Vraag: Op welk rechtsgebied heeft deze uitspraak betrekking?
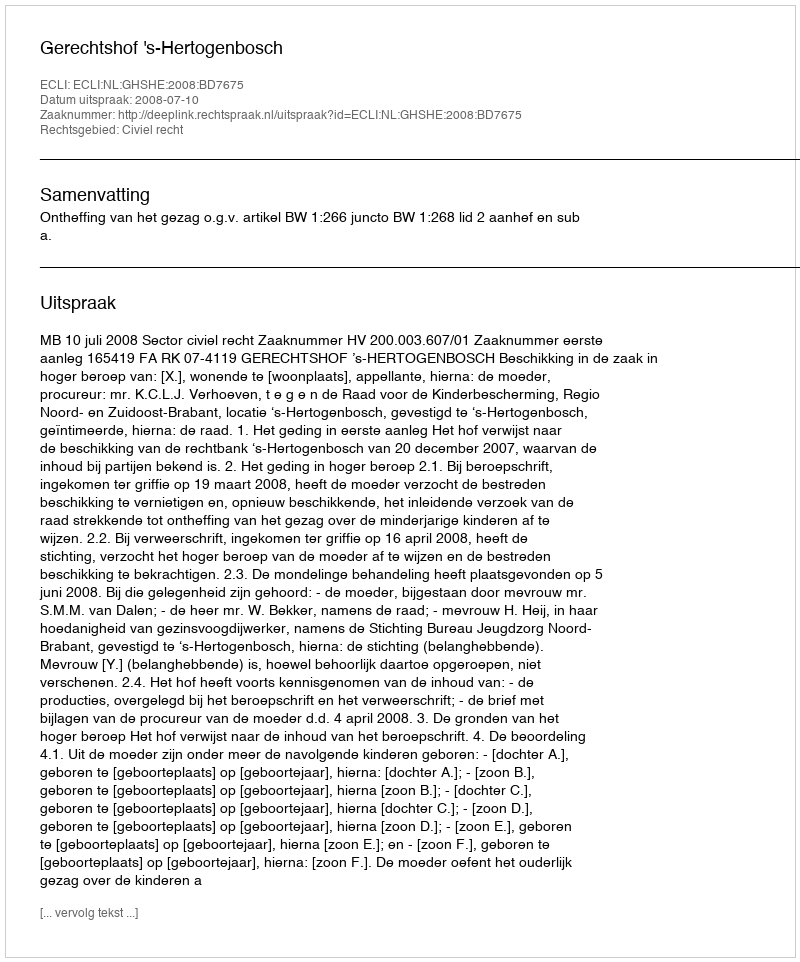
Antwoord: Civiel recht